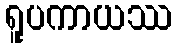
ရူပကာယဿ